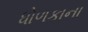
ધોળકાના